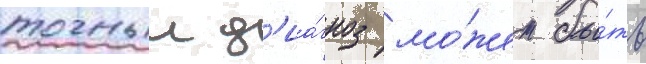
точныи д'иа́гноз мо́жет бы́ть